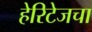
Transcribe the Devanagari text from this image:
हेरिटेजचा